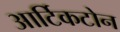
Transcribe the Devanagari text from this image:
आर्टिकटोन